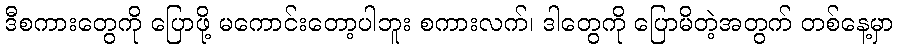
ဒီစကားတွေကို ပြောဖို့ မကောင်းတော့ပါဘူး စကားလက်၊ ဒါတွေကို ပြောမိတဲ့အတွက် တစ်နေ့မှာ